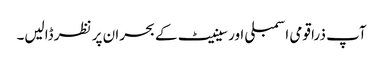
آپ ذرا قومی اسمبلی اور سینیٹ کے بحران پر نظر ڈالیں۔